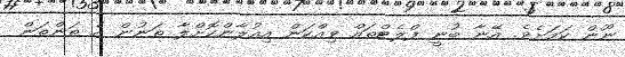
ނޫން ކަމަށެވެ. އޭނާ ބުނީ ފްލެޓްތައް ވިއްކަން އިއުލާންކޮށްލާ ތަނުން އެ ތަންތަން